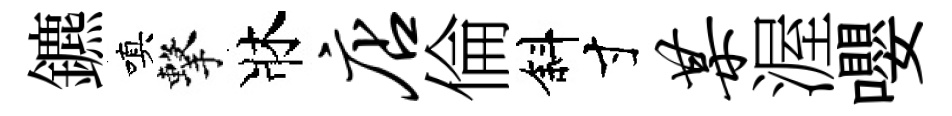
鑣嗔擊牀店倫斜寸某渥嚶